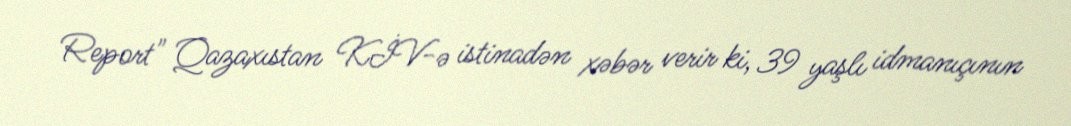
Report" Qazaxıstan KİV-ə istinadən xəbər verir ki, 39 yaşlı idmanıçının